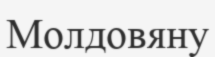
Молдовяну